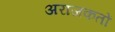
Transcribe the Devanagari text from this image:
अराजकतों